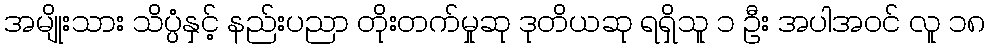
အမျိုးသား သိပ္ပံနှင့် နည်းပညာ တိုးတက်မှုဆု ဒုတိယဆု ရရှိသူ ၁ ဦး အပါအဝင် လူ ၁၈